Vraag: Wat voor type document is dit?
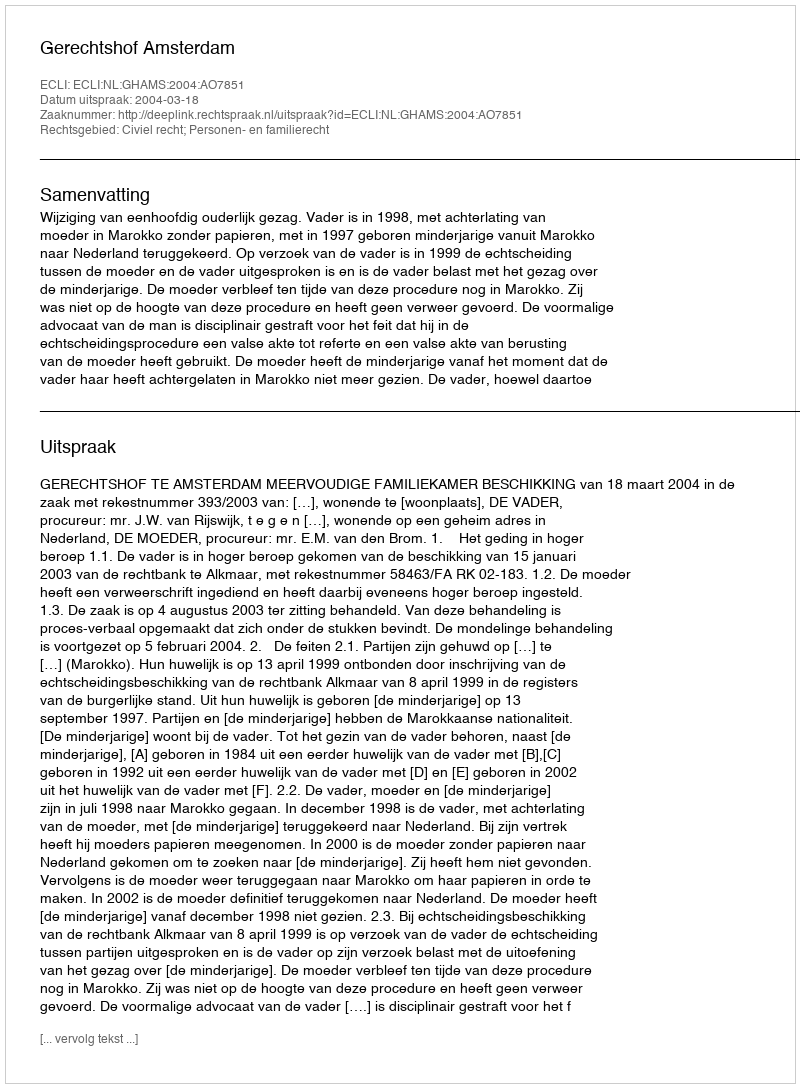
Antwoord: Uitspraak